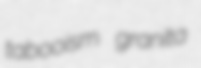
tabooism granita